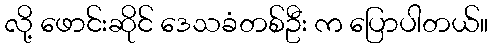
လို့ ဖောင်းဆိုင် ဒေသခံတစ်ဦး က ပြောပါတယ်။